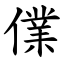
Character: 㒒